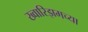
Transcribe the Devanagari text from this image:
ख्वारिझमच्या